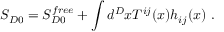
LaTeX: S _ { D 0 } = S _ { D 0 } ^ { f r e e } + \int d ^ { D } x T ^ { i j } ( x ) h _ { i j } ( x ) ~ .